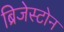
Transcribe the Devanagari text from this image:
ब्रिजेस्टोन